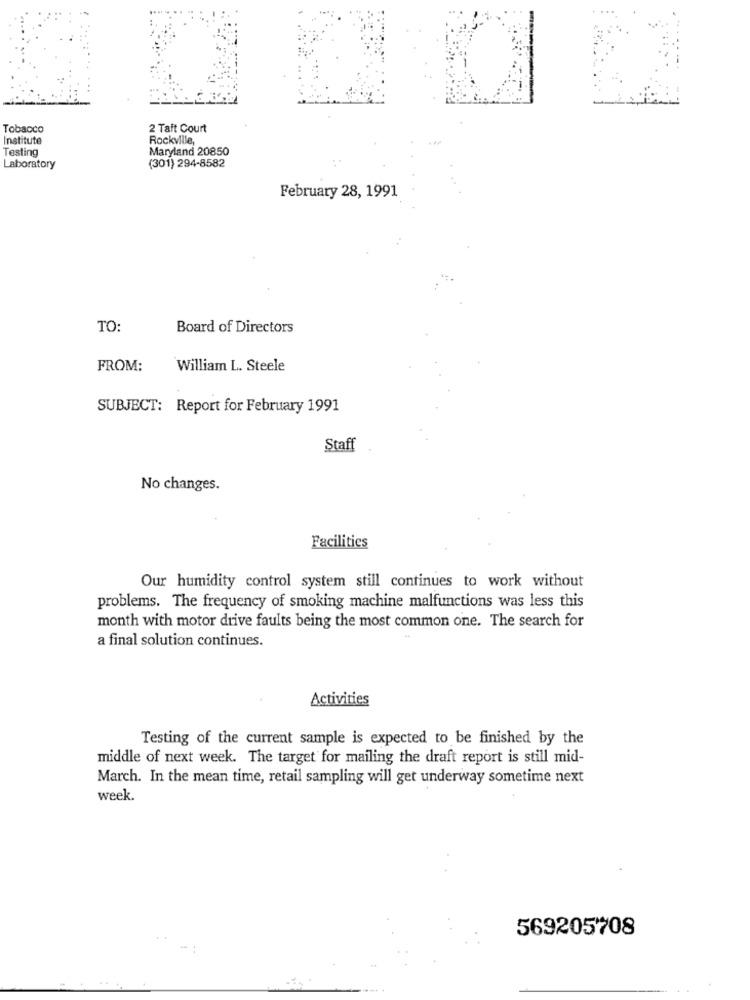
Tobacco
2 Taft Court
Institute
Rockville,
Maryland 20850
Testing
Laboratory
(301) 294-8582
February 28, 1991
TO:
Board of Directors
FROM:
William L. Steele
SUBJECT: Report for February 1991
Staff
No changes.
Facilities
Our humidity control system still continues to work without
problems. The frequency of smoking machine malfunctions was less this
month with motor drive faults being the most common one. The search for
a final solution continues.
Activities
Testing of the current sample is expected to be finished by the
middle of next week. The target for mailing the draft report is still mid-
March. In the mean time, retail sampling will get underway sometime next
week.
569205708
... .